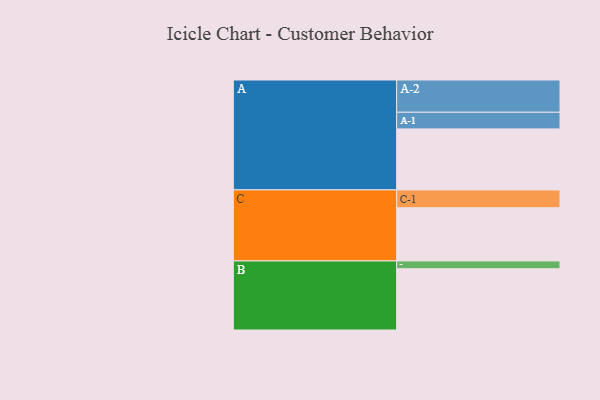
{"axis": {"x": "Segment", "y": "Value"}, "legend": ["", "A", "B", "C"], "data": [{"x": "A", "y": 524, "type": ""}, {"x": "B", "y": 526, "type": ""}, {"x": "C", "y": 457, "type": ""}, {"x": "A-1", "y": 143, "type": "A"}, {"x": "A-2", "y": 277, "type": "A"}, {"x": "B-1", "y": 67, "type": "B"}, {"x": "C-1", "y": 153, "type": "C"}]}